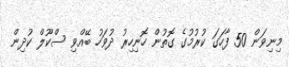
މިނިވަން 50 ފާހަގަ ކުރުމުގެ ގޮތުން ހޮނިހިރު ދުވަހު ބޭއްވި ސްކޫލް ކުދިން